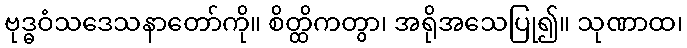
ဗုဒ္ဓဝံသဒေသနာတော်ကို။ စိတ္ထိကတွာ၊ အရိုအသေပြု၍။ သုဏာထ၊